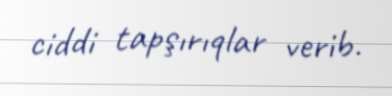
ciddi tapşırıqlar verib.